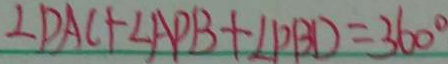
\angle D A C + \angle A P B + \angle P B D = 3 6 0 ^ { \circ }